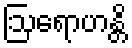
ဩရောဟန္တိ